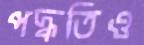
পদ্ধতিও